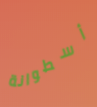
أسطوانة